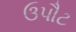
ઉપૌટ